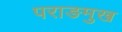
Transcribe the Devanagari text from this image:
पराङमुख